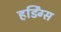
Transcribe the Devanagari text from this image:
हर्डिंग्स